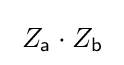
\;Z_{\mathsf {a}}\cdot Z_{\mathsf {b}}\;